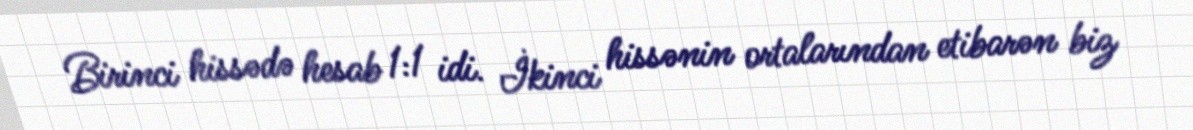
Birinci hissədə hesab 1:1 idi. İkinci hissənin ortalarından etibarən biz